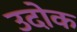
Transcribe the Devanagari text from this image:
उदोक